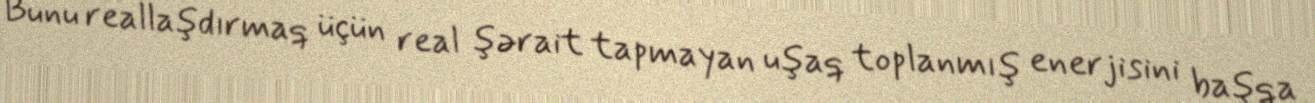
Bunu reallaşdırmaq üçün real şərait tapmayan uşaq toplanmış enerjisini başqa